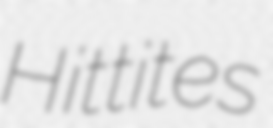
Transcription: Hittites